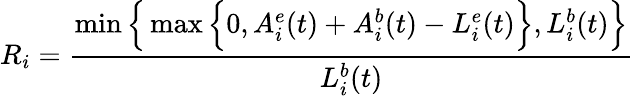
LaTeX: R_{i}=\frac{\operatorname*{min}\Big\{ \operatorname*{max}\Big\{ 0,A_{i}^{e}(t)+A_{i}^{b}(t)-L_{i}^{e}(t)\Big\} ,L_{i}^{b}(t)\Big\} }{L_{i}^{b}(t)}